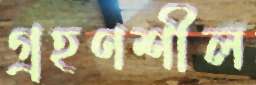
গ্রহণশীল